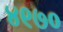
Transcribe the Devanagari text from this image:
४९७०